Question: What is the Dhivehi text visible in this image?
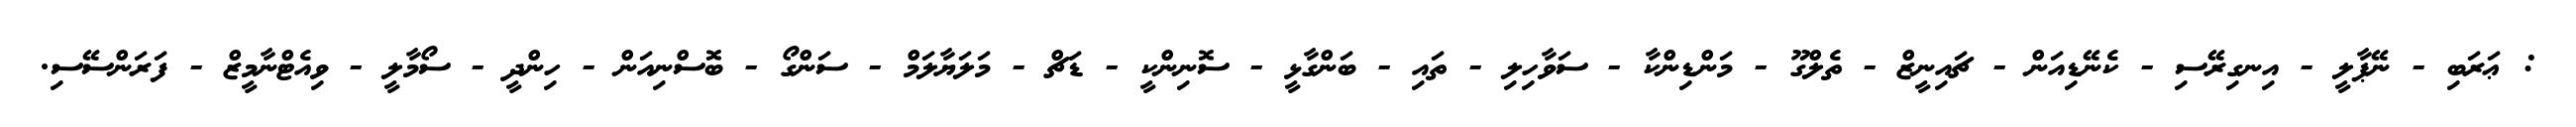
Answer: : ޢަރަބި - ނޭޕާލީ - އިނގިރޭސި - ކެނޭޑިއަން - ޗައިނީޒް - ތެލްގޫ - މަންޑިންކާ - ސަވާހިލި - ތައި - ބަންގާޅީ - ސޮނިންކީ - ޑަޗް - މަލަޔާލަމް - ސަންގޯ - ބޮސްނިއަން - ހިންދީ - ސޯމާލީ - ވިއެޓްނާމީޒް - ފަރަންސޭސި.